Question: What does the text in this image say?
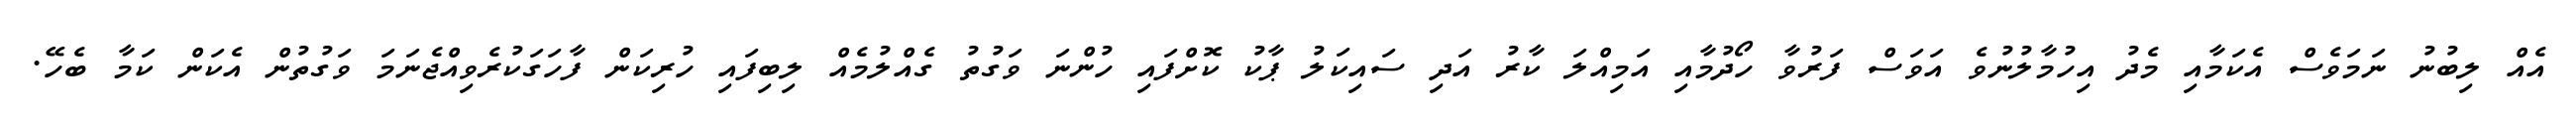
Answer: އެއް ލިބުނު ނަމަވެސް އެކަމާއި މެދު އިހުމާލުނުވެ އަވަސް ފަރުވާ ހޯދުމާއި އަމިއްލަ ކާރު އަދި ސައިކަލު ޕާކު ކޮށްފައި ހުންނަ ވަގުތު ގެއްލުމެއް ލިބިފައި ހުރިކަން ފާހަގަކުރެވިއްޖެނަމަ ވަގުތުން އެކަން ކަމާ ބެހޭ.